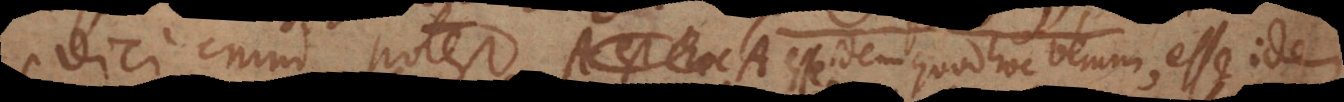
dici enim potest A esse idem quod hoc verum, esse idem